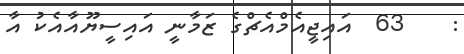
:    63  އައިޖީއެމްއެޗްގެ ޒަމާނީ އައިސީޔޫއާއެކު އާ